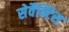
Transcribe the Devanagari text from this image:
सेर्वैन्टिस